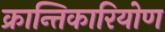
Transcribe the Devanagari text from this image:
क्रान्तिकारियोण